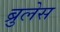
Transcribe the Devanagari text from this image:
ब्रुलेस